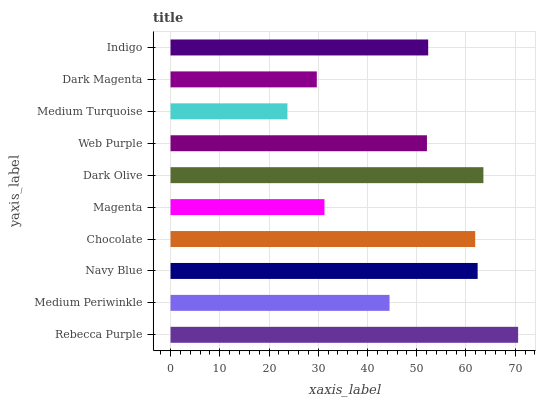
| yaxis_label | bars |
 | --- | --- |
 | Rebecca Purple | 70.6 |
 | Medium Periwinkle | 44.5 |
 | Navy Blue | 62.4 |
 | Chocolate | 61.9 |
 | Magenta | 31.3 |
 | Dark Olive | 63.5 |
 | Web Purple | 52.1 |
 | Medium Turquoise | 23.7 |
 | Dark Magenta | 29.7 |
 | Indigo | 52.3 |